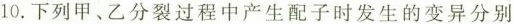
10.下列甲、乙分裂过程中产生配子时发生的变异分别